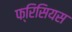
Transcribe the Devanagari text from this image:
फ्रिसियस